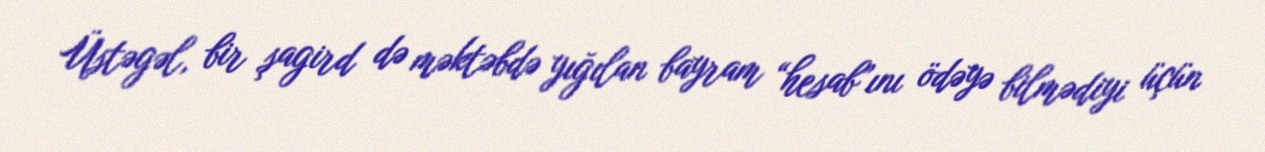
Üstəgəl, bir şagird də məktəbdə yığılan bayram “hesab”ını ödəyə bilmədiyi üçün